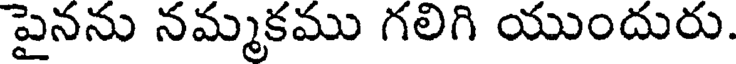
పైనను నమ్మకము గలిగి యుందురు.